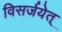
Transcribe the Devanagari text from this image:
विसर्जयेत्